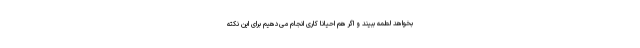
بخواهد لطمه ببیند و اگر هم احیانا کاری انجام می‌دهیم برای این نکته